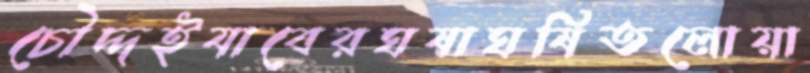
চৌদ্দইযাবেরঘষাঘষিতলোয়া